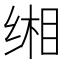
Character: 缃